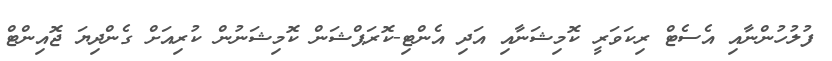
ފުލުހުންނާއި އެސެޓް ރިކަވަރީ ކޮމިޝަނާއި އަދި އެންޓި-ކޮރަޕްޝަން ކޮމިޝަނުން ކުރިއަށް ގެންދިޔަ ޖޮއިންޓް